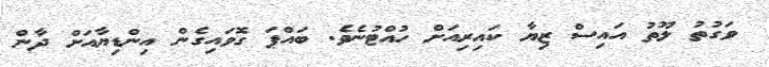
ވަގުތު ލޫތު އައިސް ޒިޔާ ކައިރިއަށް ހުއްޓުނެވެ. ބައްޕަ ގޮވައިގެން އިންޑިޔާއަށް ދާން